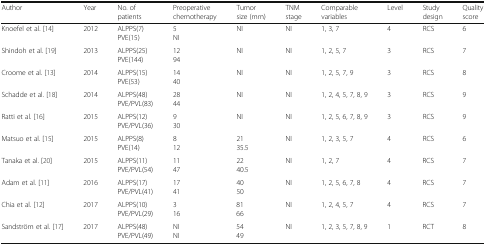
| Author | Year | No. of patients | Preoperative chemotherapy | Tumor size (mm) | TNM stage | Comparable variables | Level | Study design | Quality score |
 | --- | --- | --- | --- | --- | --- | --- | --- | --- | --- |
 | Knoefel et al. [14] | 2012 | ALPPS(7)PVE(15) | 5NI | NI | NI | 1, 3, 7 | 4 | RCS | 6 |
 | Shindoh et al. [19] | 2013 | ALPPS(25)PVE(144) | 1294 | NI | NI | 1, 2, 5, 7 | 3 | RCS | 7 |
 | Croome et al. [13] | 2014 | ALPPS(15)PVE(53) | 1440 | NI | NI | 1, 2, 5, 7, 9 | 3 | RCS | 8 |
 | Schadde et al. [18] | 2014 | ALPPS(48)PVE/PVL(83) | 2844 | NI | NI | 1, 2, 4, 5, 7, 8, 9 | 3 | RCS | 9 |
 | Ratti et al. [16] | 2015 | ALPPS(12)PVE/PVL(36) | 930 | NI | NI | 1, 2, 5, 6, 7, 8, 9 | 3 | RCS | 9 |
 | Matsuo et al. [15] | 2015 | ALPPS(8)PVE(14) | 812 | 2135.5 | NI | 1, 2, 3, 5, 7 | 4 | RCS | 6 |
 | Tanaka et al. [20] | 2015 | ALPPS(11)PVE/PVL(54) | 1147 | 2240.5 | NI | 1, 2, 7 | 4 | RCS | 7 |
 | Adam et al. [11] | 2016 | ALPPS(17)PVE/PVL(41) | 1741 | 4050 | NI | 1, 2, 5, 6, 7, 8 | 4 | RCS | 7 |
 | Chia et al. [12] | 2017 | ALPPS(10)PVE/PVL(29) | 316 | 8166 | NI | 1, 2, 4, 5, 7 | 4 | RCS | 7 |
 | Sandström et al. [17] | 2017 | ALPPS(48)PVE/PVL(49) | NINI | 5449 | NI | 1, 2, 3, 5, 7, 8, 9 | 1 | RCT | 8 |